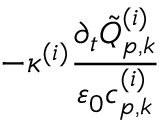
- \kappa ^ { ( i ) } \frac { \partial _ { t } \tilde { Q } _ { p , k } ^ { ( i ) } } { \varepsilon _ { 0 } c _ { p , k } ^ { ( i ) } }